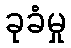
ခုခံမှု